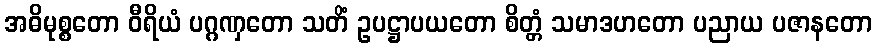
အဓိမုစ္စတော ဝီရိယံ ပဂ္ဂဏှတော သတိံ ဥပဋ္ဌာပယတော စိတ္တံ သမာဒဟတော ပညာယ ပဇာနတော